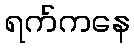
ရက်ကနေ